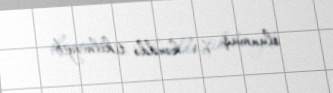
olunmuş bir kənddə tikilməyib.